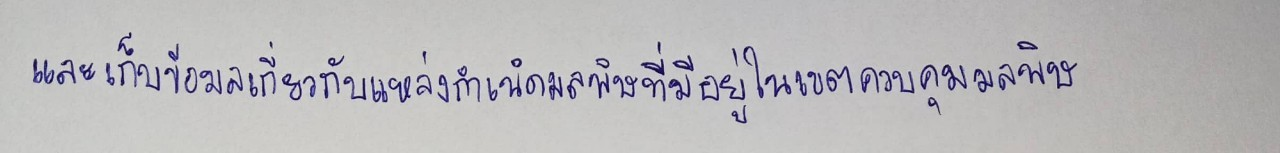
และเก็บข้อมูลเกี่ยวกับแหล่งกำเนิดมลพิษที่มีอยู่ในเขตควบคุมมลพิษ